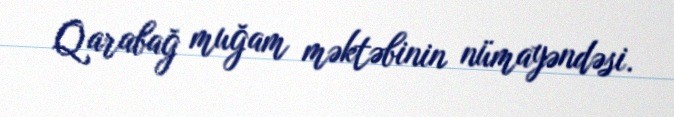
Qarabağ muğam məktəbinin nümayəndəsi.